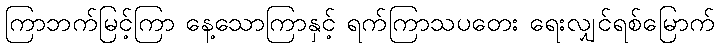
ကြာဘက်မြင့်ကြာ နေ့သောကြာနှင့် ရက်ကြာသပတေး ရေးလျှင်ရစ်မြောက်